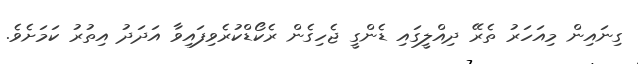
ގިނައިން މިއަހަރު ތެރޭ ދިއްލީގައި ޑެންގީ ޖެހިގެން ރެކޯޑްކުރެވިފައިވާ އަދަދު އިތުރު ކަމަށެވެ.